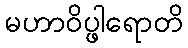
မဟာဝိပ္ဖါရောတိ